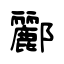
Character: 酈